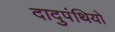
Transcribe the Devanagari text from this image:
दादुपंथियो